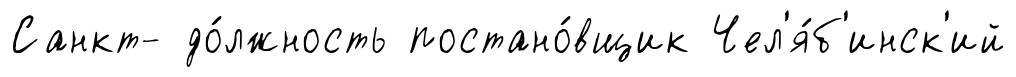
Санкт- до́лжность постано́вщик Чел'я́б'инск'ий